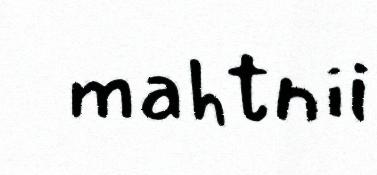
mahtnii